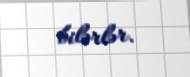
bilərlər.